Annual report on the working of the mental hospitals in the Madras Presidency - 1912-1932
Year: 1912
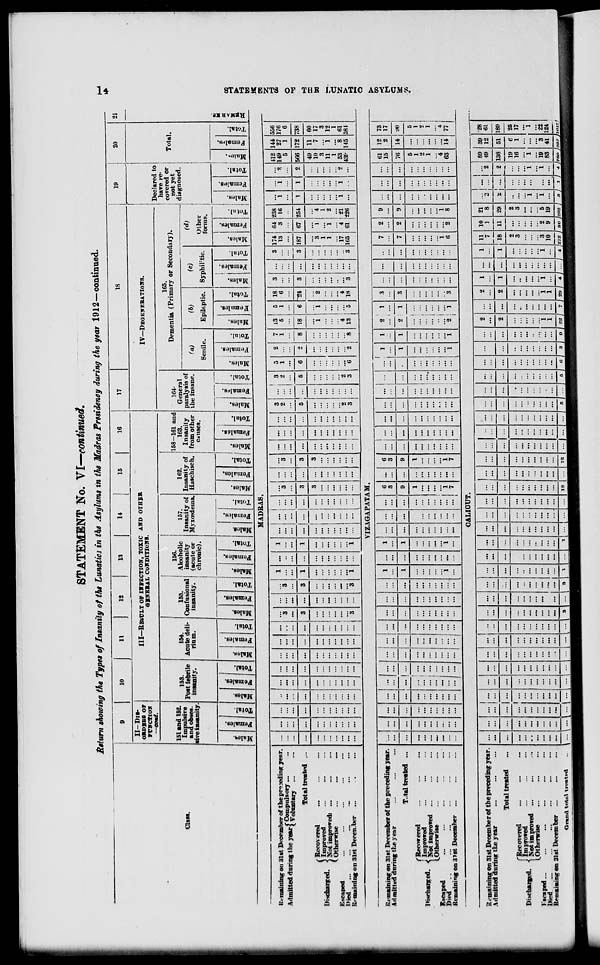
STATEMENT No. VI—continued.
Return showing the Types of Insanity of the Lunatics in the Asylums in the Madras Presidency during the year 1912—continued.
10
11
12
13
14
15
16
II-Dis-
ORDEE8 OF
FrKCTlOH
—eont.
Ill—RESULT OF IHFECTIOX, TOXIC AND OTHER
GBXEBAL CONDITIONS.
151 and 152.
Impulsive
and obses-
sive insanity
153.
Post febrile
insanity.
154.
Acute deli-
rium.
155.
Confusional
insanity.
156.
Alcoholic
insanity
(acute or
chronic).
157.
Insanity of
Hyxoedema.
o
S
9)
"3 | -:
fi ,
o
o
fa
S-
"5
S 3
fa
162.
Insanity of
Haschisch,
I
158-161 and
163.
Insanity
from other
causes.
17
18
IV—DEGENERATIONS.
164-
General
paralysis of
the insane.
a
* a
1 |
fa H
165.
Dementia (Primary or Secondary).
19
r<»;
Senile.
-
—
I! i
S fa
Epileptic.
re;
Syphilitic.
(d)
Other
forms.
Declared to
have re-
covered or
not yet
diagnosed.
20
Total.
si
is
X
i
fa
o a
CALIOUT.
21
M
«
a H
MADRAS
K\ maining on 31st December of the preceding year.
Admitted during the j-rfgggj 1 ';;;
;•
...
... ...
... ... ...
...
3 ...
3
1
1 ... ...
...
"3
3
3
...
...
"3
... ... ...
3
2
_|.
... ! 2
5
1
6
2
2
"2
7
1
8
"8
13
5
5
1
18
6
3 ...
3
3
3
174
13
64
3
238
16 "i "i 9,
412
149
5
144
27
1
556
176
6
738
Total treated ...
... ... ...
... ... ...
...
3
...
3
"3
1
"i
...
1
i
... ...
3 ... ...
5 ...
6
18
"i
"4
13
6
i
5
"2
"4
18
3
"3
...
187
"3
1
1
17
165
67 254
1
1
2 566 172
( Recovered
Discharged
1 Improved
uiscnargea. JiSfiwBWli
1 Otherwise
Escaped
Died
„
Remaining on 31st Decen.ber
...
...
... ...
... 1 ... ... ...
*3
...
3
...
...
...
"2
3
"2
3
*6
1
i
i
4
1
2
•i'i
226
"i i "2
49
10
3
11
1
53
43J-
11
7
"i
"8
115
60
17
3
12
1
61
581
V'IZAGAPATAM.
Remaining on 31st December of the preceding year.
Admitted during the year
...
...
_m
...
:::|:::
... 1-
... ...
... ...
1
...
1
1
...
...
6
3
9
...
6
3
9
... ... ... ... ... ...
1
1
1
1
"i
2
1
2
1
... j ...
.;; i'"
"2 ! "l
1
9
3
3
.-
... ...
7
2
9
:::
... ... 61
15
12
2
73
17
T.tal treated ...
... ... ! ... ... ... ... ...
...
1
...
... ... ... •
1
"i
7
2
9 ... ... ... 76 14 90
( Recovered
Discharged. ^ftRJ*, ~
-
..;
LOtherwise
Escaped
Died
Remaining on 318t Decemher ...
:::
...
:::
-1 z\
...
::: ...
"i ... "i
...
...
1
1
"i ...
1
"i
7
...
...
...
...
... ...
...
i
6
*2
i
8
... ...
...
5
1
2
1
*4
63 S
5
1
•>
1
4
77
00
H
Hi
«
GO
o
•=1
1-2
X
M
<3
as
CO
Remaining on 31st December of the preceding year.
Admitted during the year
...
...
1
::: i ::: ... ... ...
-HI
-• ... ...
...
...
...
... ...
... ... ... ...
...
... ...
...
0 j J
...
2 ...
2
2
"i
1
29 /
1
1
"i
S—
1
1
11
7
18
10
1
21
8
1
. | -
3, ... "2
89
49
39
12
'28
61
Total treated
...
... 1 ... ... ...
I "■
...
...
...
... ... ... ... ...
2
"i
1
...
11 29
t
2 138
19
16
"i
19
83
51
e
1
"3
41
189
25
17
"i
22
124
fRecovered
Dischar«ed. < ^$, ved Z
Z
LOtherwise
Escaped...
Died
Remaining on 31st December
...
1...
...
... ...
...
:::
... ... ...
...
... ...
...
...
z
...
...
i
2
3
3
10
2
9
2
3
5
19
"i
"i
...
i
"i
Grind totul treated
t - 1- ... ... ...
3
3
1 I ...
1
1»
12
... __--_ -l *i
s ,
0 J
7 j
■ « J _ 4 /212 / so J202 J a J 1 ) 4 J7S0 1-JH7 Jioicl ^^^^■^^^^^■■H